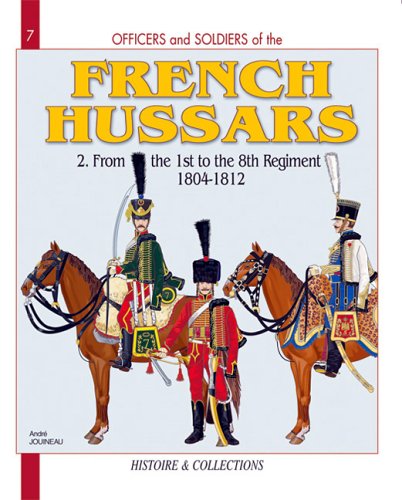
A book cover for Officers and Soldiers of the French Hussars, Vol. 2: From the 1st to the 8th Regiment, 1804-1812; Andre Jouineau; History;